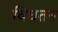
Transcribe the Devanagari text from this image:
विघतन